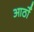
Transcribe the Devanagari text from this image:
आठोँ